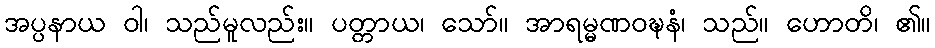
အပ္ပနာယ ဝါ၊ သည်မူလည်း။ ပတ္တာယ၊ သော်။ အာရမ္မဏဝဍ္ဎနံ၊ သည်။ ဟောတိ၊ ၏။